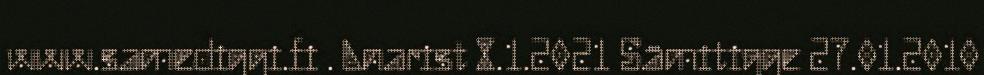
www.samediggi.fi . Anarist 8.1.2021 Sämitigge 27.01.2010